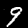
Digit: 9